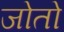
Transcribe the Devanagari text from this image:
जोतो